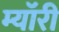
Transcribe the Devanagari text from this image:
म्यॉरी